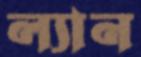
ল্যান